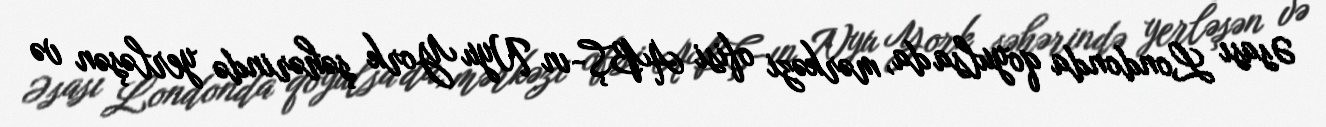
Əsası Londonda qoyulsa da, mərkəzi ofisi ABŞ-ın Nyu York şəhərində yerləşən və